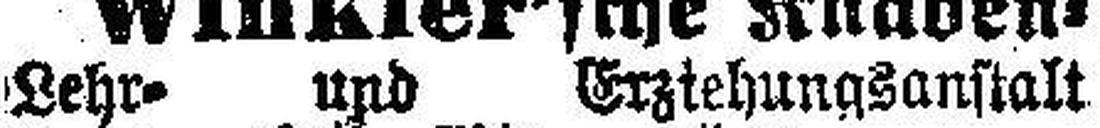
Lehr= und Erziehungsanstalt